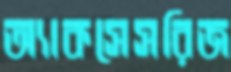
অ্যাকসেসরিজ